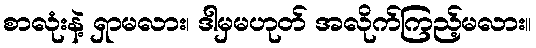
စာလုံးနဲ့ ရှာမလား၊ ဒါမှမဟုတ် အလိုက်ကြည့်မလား။